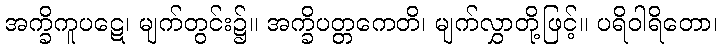
အက္ခိကူပဋေ၊ မျက်တွင်း၌။ အက္ခိပတ္တကေတိ၊ မျက်လွှာတို့ဖြင့်။ ပရိဝါရိတော၊